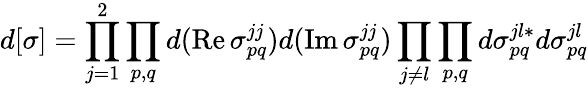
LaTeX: d[\sigma]=\prod_{j=1}^{2}\prod_{p,q}d(\mathrm{Re}\, \sigma_{pq}^{jj})d(\mathrm{Im}\, \sigma_{pq}^{jj})\prod_{j\neq l}\prod_{p,q}d\sigma_{pq}^{jl*}d\sigma_{pq}^{jl}